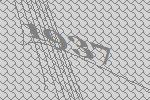
1937